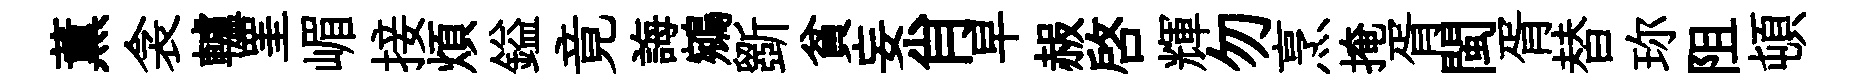
薫衾轤罣嵋接煩鎰竟誨鵷斵貧妄肖早赧啓輝勿烹掩胥閩胥替珎阻頓